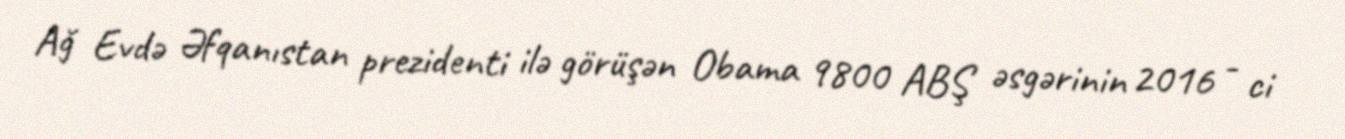
Ağ Evdə Əfqanıstan prezidenti ilə görüşən Obama 9800 ABŞ əsgərinin 2016 - ci